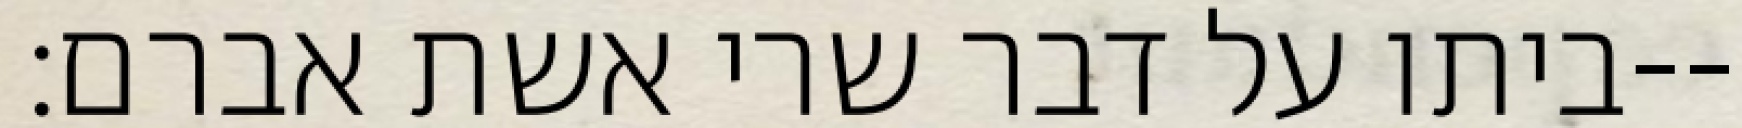
ביתו על דבר שרי אשת אברם׃--